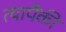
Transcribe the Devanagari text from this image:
त्यापैंकी